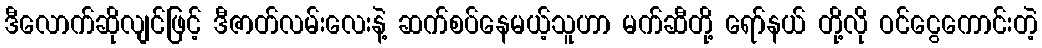
ဒီလောက်ဆိုလျင်ဖြင့် ဒီဇာတ်လမ်းလေးနဲ့ ဆက်စပ်နေမယ့်သူဟာ မက်ဆီတို့ ရော်နယ် တို့လို ဝင်ငွေကောင်းတဲ့